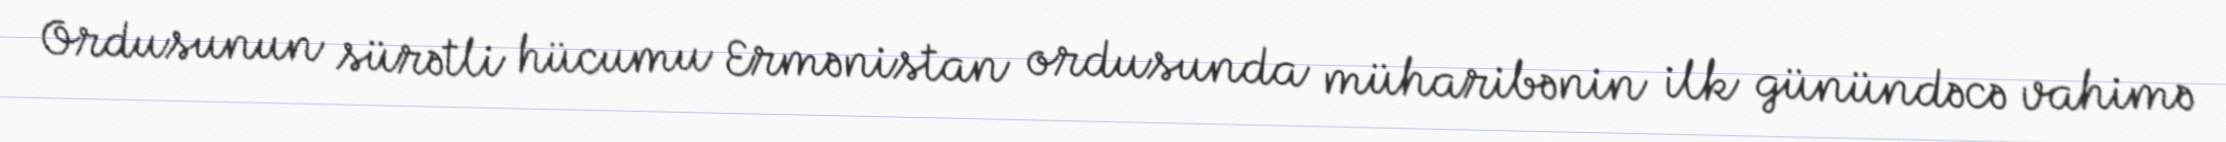
Ordusunun sürətli hücumu Ermənistan ordusunda müharibənin ilk günündəcə vahimə